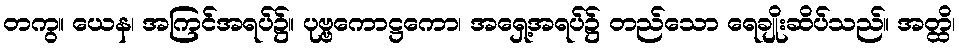
တကွ။ ယေန၊ အကြင်အရပ်၌။ ပုဗ္ဗကောဋ္ဌကော၊ အရှေ့အရပ်၌ တည်သော ရေချိုးဆိပ်သည်။ အတ္ထိ၊